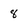
Character: 8